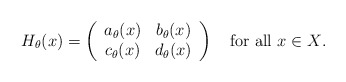
\begin{align*}H_\theta(x)=\left( \begin{array}{cc} a_\theta(x) & b_\theta(x) \\ c_\theta(x) & d_\theta(x) \\ \end{array} \right)\quad\textrm{for all $x\in X$.}\end{align*}